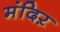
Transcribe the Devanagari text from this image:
मंदिऱ